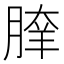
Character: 𦝯